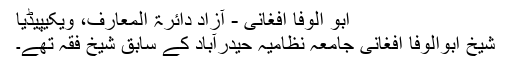
ابو الوفا افغانی - آزاد دائرۃ المعارف، ویکیپیڈیا
شیخ ابوالوفا افغانی جامعہ نظامیہ حیدرآباد کے سابق شیخ فقہ تھے۔